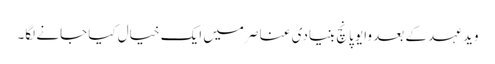
وید عہد کے بعد وایو پانچ بنیادی عناصر میں ایک خیال کیا جانے لگا۔